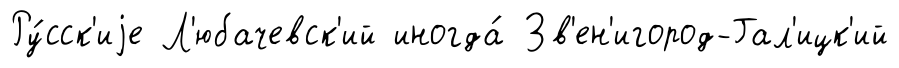
Ру́сск'иjе Л'юбачевск'ий иногда́ Зв'ен'игород-Гал'ицк'ий